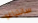
سانتياغو